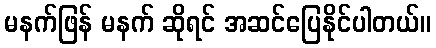
မနက်ဖြန် မနက် ဆိုရင် အဆင်ပြေနိုင်ပါတယ်။